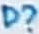
Text: D?